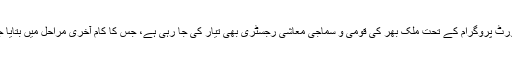
انکم سپورٹ پروگرام کے تحت ملک بھر کی قومی و سماجی معاشی رجسٹری بھی تیار کی جا رہی ہے، جس کا کام آخری مراحل میں بتایا جاتا ہے۔